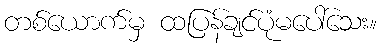
တစ်ယောက်မှ ထပြန်ချင်ပုံမပေါ်သေး။